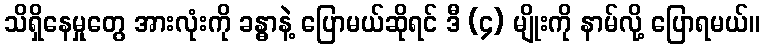
သိရှိနေမှုတွေ အားလုံးကို ခန္ဓာနဲ့ ပြောမယ်ဆိုရင် ဒီ (၄) မျိုးကို နာမ်လို့ ပြောရမယ်။